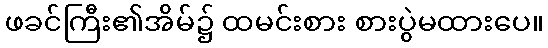
ဖခင်ကြီး၏အိမ်၌ ထမင်းစား စားပွဲမထားပေ။